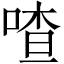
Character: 喳